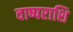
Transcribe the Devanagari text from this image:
वाष्पराशि